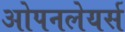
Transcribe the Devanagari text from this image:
ओपनलेयर्स